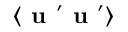
\langle { { \textbf { u } } ^ { \prime } { \textbf { u } } ^ { \prime } } \rangle